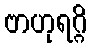
ဗာဟုရဂ္ဂိ